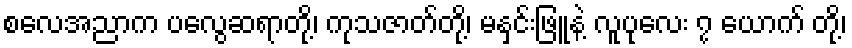
စလေအညာက ပလွေဆရာတို့၊ ကုသဇာတ်တို့၊ မနှင်းဖြူနဲ့ လူပုလေး ၇ ယောက် တို့၊